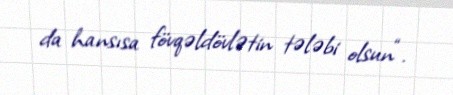
da hansısa fövqəldövlətin tələbi olsun“.